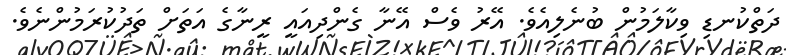
ދަތްކުނޑި ވިކާލަމުން ބުނެލިއެވެ. އޭރު ވެސް އޭނާ ގެންދިއައީ ރީނާގެ އަތަށް ތަދުކުރަމުންނެވެ.